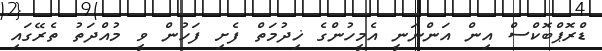
ޑްރޮޕްބޮކްސް އިން އަންނަނީ އެމީހުންގެ ޚިދުމަތް ފެށި ފަހުން ވީ މުއްދަތު ތެރޭގައި